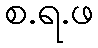
စ.ရ.ဖ